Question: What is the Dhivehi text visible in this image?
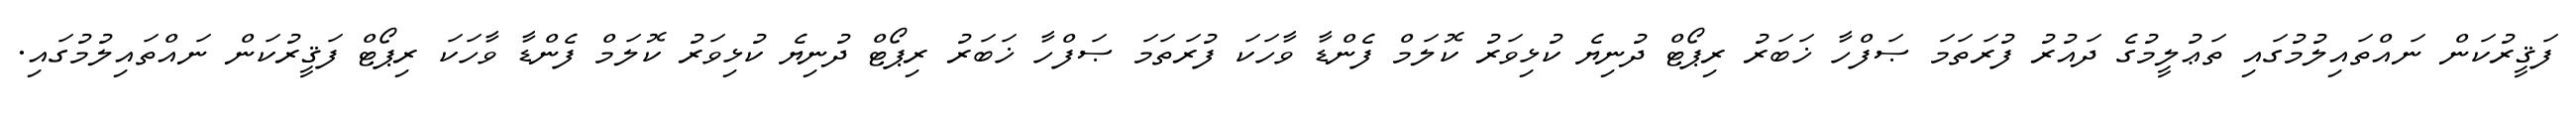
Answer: ފަޤީރުކަން ނައްތައިލުމުގައި ތަޢުލީމުގެ ދައުރު ފުރަތަމަ ޞަފްހާ ޚަބަރު ރިޕޯޓް ދުނިޔެ ކުޅިވަރު ކޮލަމް ފެންޑާ ވާހަކަ ފުރަތަމަ ޞަފްހާ ޚަބަރު ރިޕޯޓް ދުނިޔެ ކުޅިވަރު ކޮލަމް ފެންޑާ ވާހަކަ ރިޕޯޓް ފަޤީރުކަން ނައްތައިލުމުގައި.